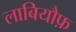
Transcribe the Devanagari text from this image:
लाबियौफ़